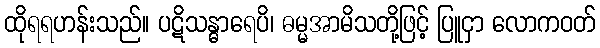
ထိုရရဟန်းသည်။ ပဋိသန္ဓာရေပိ၊ ဓမ္မအာမိသတို့ဖြင့် ပြူငှာ လောကဝတ်